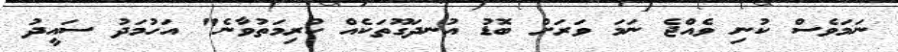
ނަމަވެސް ކުނި ވެއްޖެ ނަމަ ވަރަށް ބޮޑު އުނދަގޫތަކެއް ކުރިމަތުވާނެ" އަހުމަދު ސައީދު